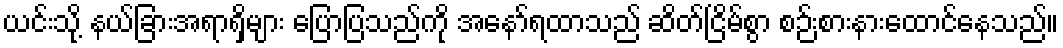
ယင်းသို့ နယ်ခြားအရာရှိများ ပြောပြသည်ကို အနော်ရထာသည် ဆိတ်ငြိမ်စွာ စဉ်းစားနားထောင်နေသည်။